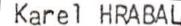
Karel HRABAL